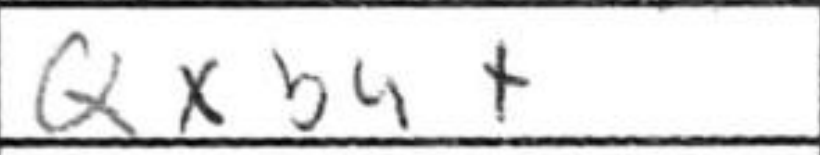
Transcription: Oxb4+